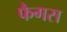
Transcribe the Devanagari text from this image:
फैगस